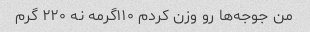
من جوجه‌ها رو وزن کردم ۱۱۰گرمه نه ۲۲۰ گرم